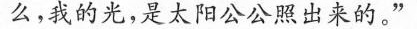
么，我的光，是太阳公公照出来的。”